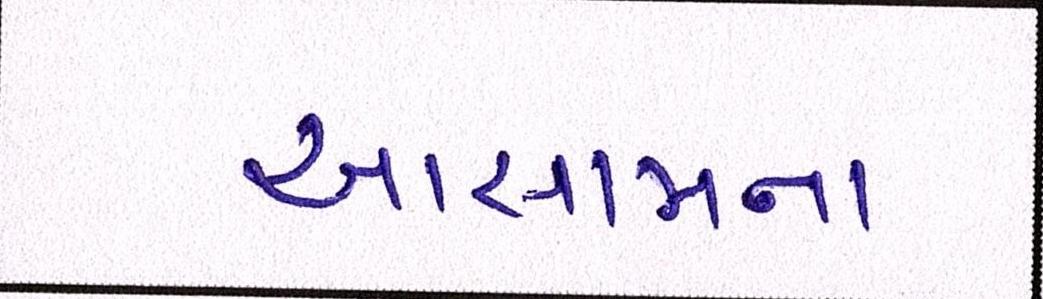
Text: આસામના